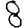
Digit: 8